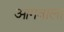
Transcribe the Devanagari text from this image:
आगवाला